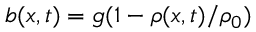
b ( \boldsymbol { x } , t ) = g ( 1 - \rho ( \boldsymbol { x } , t ) / \rho _ { 0 } )